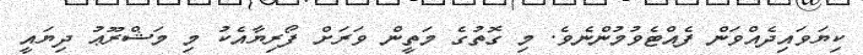
ކިޔަވައިދެއްވަން ފެއްޓެވުމުންނެވެ. މި ގޮތުގެ މަތީން ވަރަށް ފޯރިޔާއެކު މި މަޝްރޫޢު ދިޔައީ